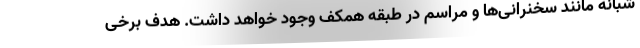
شبانه مانند سخنرانی‌ها و مراسم در طبقه همکف وجود خواهد داشت. هدف برخی